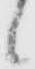
候